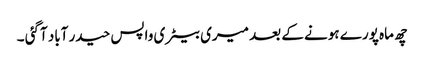
چھ ماہ پورے ہونے کے بعد میری بیٹری واپس حیدر آباد آگئی ۔